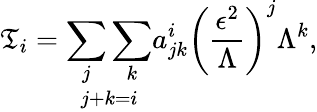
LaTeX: \mathfrak{T}_{i}=\underset{j+k=i}{\sum_{j}\sum_{k}}a_{jk}^{i}\left(\frac{{\epsilon^{2}}}{{\Lambda}}\right)^{j}\Lambda^{k},